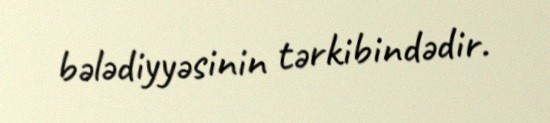
bələdiyyəsinin tərkibindədir.